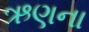
ઋણના